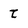
Character: t